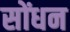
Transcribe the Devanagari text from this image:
सोंधन